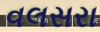
વલસરા